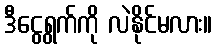
ဒီငွေရွက်ကို လဲနိုင်မလား။